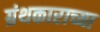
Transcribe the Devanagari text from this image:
ग्रंथकाराच्या